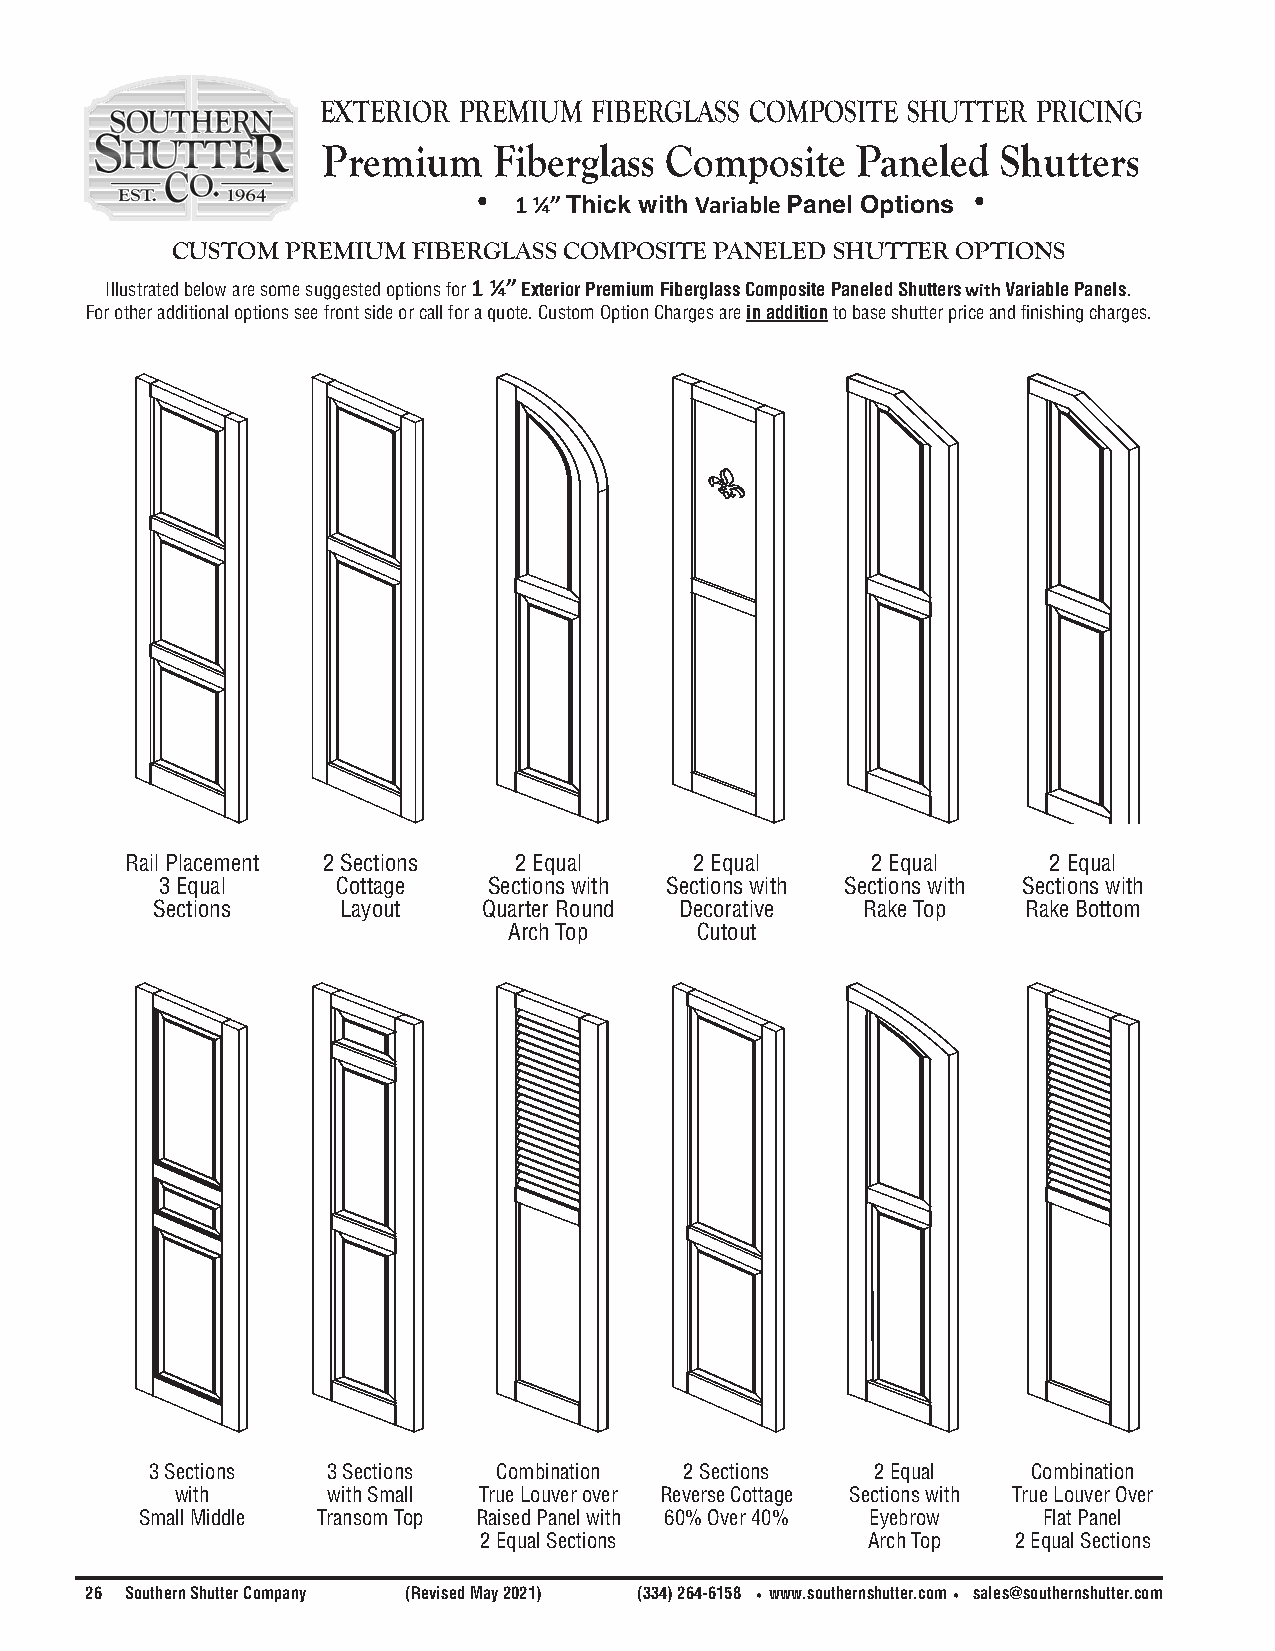
exterior preMiuM  FibergLass coMposite shutter  pricing
 Premium     Fiberglass Composite    Paneled  Shutters
 • 1 1⁄4” Thick with Variable Panel Options •
 CUSTOM  PREMIUM FIBERGLASS COMPOSITE PANELED SHUTTER OPTIONS
 Illustrated below are some suggested options for 1 1⁄4” Exterior Premium Fiberglass Composite Paneled Shutters with Variable Panels.
 For other additional options see front side or call for a quote. Custom Option Charges are in addition to base shutter price and finishing charges.
 Rail Placement 2 Sections 2 Equal     2 Equal     2 Equal    2 Equal
 3 Equal    Cottage   Sections with Sections with Sections with Sections with
 Sections    Layout    Quarter Round Decorative Rake Top   Rake Bottom
 Arch Top    Cutout
 3 Sections  3 Sections Combination 2 Sections   2 Equal   Combination
 with      with Small True Louver over Reverse Cottage Sections with True Louver Over
 Small Middle Transom Top Raised Panel with 60% Over 40% Eyebrow Flat Panel
 2 Equal Sections         Arch Top  2 Equal Sections
 26 Southern Shutter Company (Revised May 2021) (334) 264-6158 •www.southernshutter.com• sales@southernshutter.com